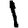
Digit: 1